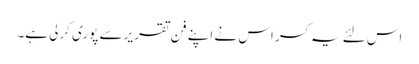
اس لئے یہ کسر اس نے اپنے فن تقریر سے پوری کرلی ہے۔